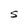
Character: S